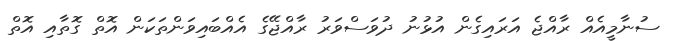
ސުނާމީއެއް ރާއްޖެ އަރައިގެން އުޅުނު ދުވަސްވަރު ރާއްޖޭގެ އެއްބައިވަންތަކަން އޮތް ގޮތާއި އޮތް